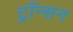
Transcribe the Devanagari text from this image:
ट्रॉन्सन